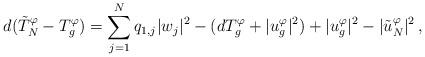
LaTeX: \begin{align*}d(\tilde T_N^\varphi - T_g^\varphi) = \sum_{j=1}^N q_{1,j} |w_j|^2 - (d T_g^\varphi + |u_g^\varphi|^2) + |u_g^\varphi|^2 - |\tilde u_N^\varphi|^2\,,\end{align*}